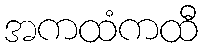
အကထံကထီ